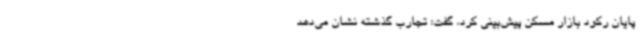
پایان رکود بازار مسکن پیش‌بینی کرد، گفت: تجارب گذشته نشان می‌دهد